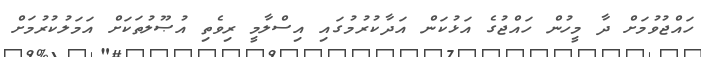
ހައްޖުވުމަށް ދާ މީހުން ހައްޖުގެ އަޅުކަން އަދާކުރުމުގައި އިސްލާމީ ރިވެތި އުޞޫލުތަކަށް އަމަލުކުރުމަށް